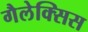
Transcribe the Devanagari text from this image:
गैलेक्सिस